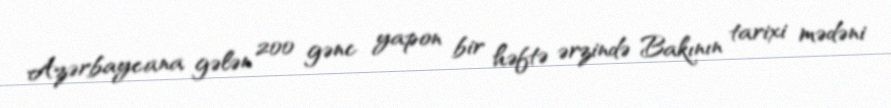
Azərbaycana gələn 200 gənc yapon bir həftə ərzində Bakının tarixi mədəni